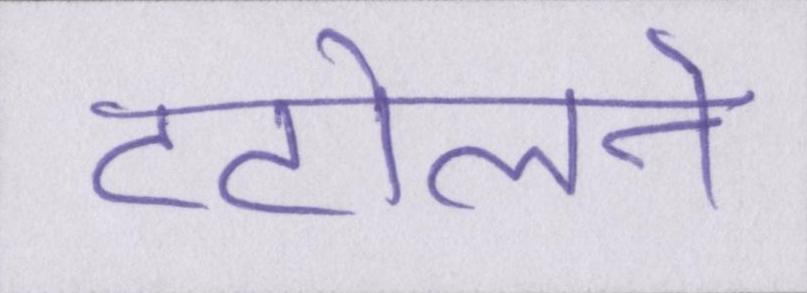
टटोलने